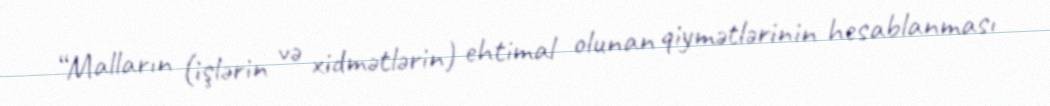
“Malların (işlərin və xidmətlərin) ehtimal olunan qiymətlərinin hesablanması